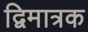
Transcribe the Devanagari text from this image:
द्विमात्रक